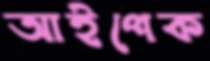
আইপেক